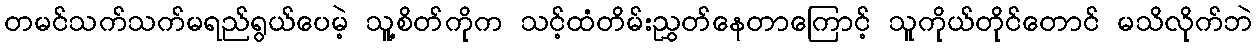
တမင်သက်သက်မရည်ရွယ်ပေမဲ့ သူ့စိတ်ကိုက သင့်ထံတိမ်းညွှတ်နေတာကြောင့် သူကိုယ်တိုင်တောင် မသိလိုက်ဘဲ